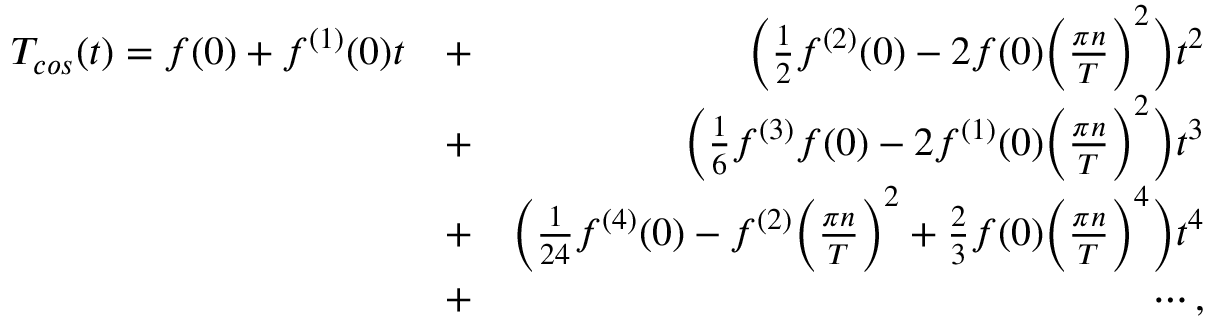
\begin{array} { r l r } { T _ { c o s } ( t ) = f ( 0 ) + f ^ { ( 1 ) } ( 0 ) t } & { + } & { \bigg ( \frac { 1 } { 2 } f ^ { ( 2 ) } ( 0 ) - 2 f ( 0 ) \bigg ( \frac { \pi n } { T } \bigg ) ^ { 2 } \bigg ) t ^ { 2 } } \\ & { + } & { \bigg ( \frac { 1 } { 6 } f ^ { ( 3 ) } f ( 0 ) - 2 f ^ { ( 1 ) } ( 0 ) \bigg ( \frac { \pi n } { T } \bigg ) ^ { 2 } \bigg ) t ^ { 3 } } \\ & { + } & { \bigg ( \frac { 1 } { 2 4 } f ^ { ( 4 ) } ( 0 ) - f ^ { ( 2 ) } \bigg ( \frac { \pi n } { T } \bigg ) ^ { 2 } + \frac { 2 } { 3 } f ( 0 ) \bigg ( \frac { \pi n } { T } \bigg ) ^ { 4 } \bigg ) t ^ { 4 } } \\ & { + } & { \cdots , } \end{array}